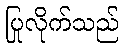
ပြုလိုက်သည်